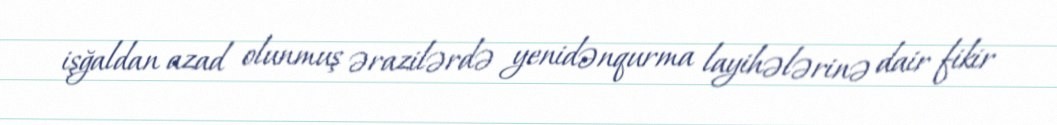
işğaldan azad olunmuş ərazilərdə yenidənqurma layihələrinə dair fikir